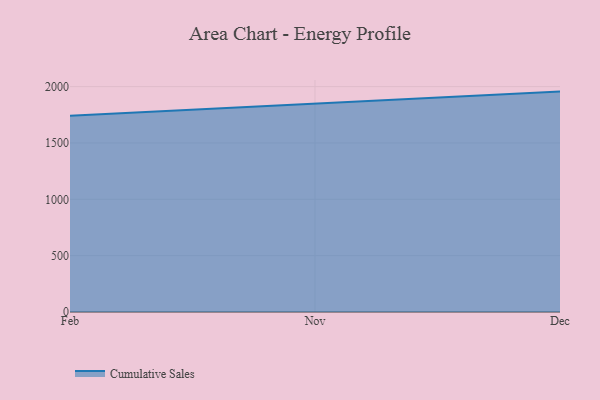
{"axis": {"x": "Month", "y": "Operating Costs (USD K)"}, "legend": ["Cumulative Sales"], "data": [{"x": "Feb", "y": 1741.6, "type": "Cumulative Sales"}, {"x": "Nov", "y": 1846.5, "type": "Cumulative Sales"}, {"x": "Dec", "y": 1955.6, "type": "Cumulative Sales"}]}